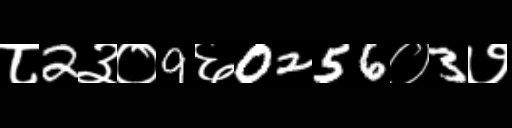
Text: ८2३०9६0256०3७